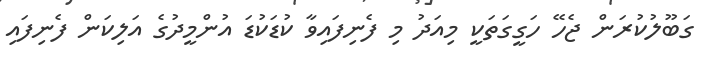
ގަބޫލުކުރަން ޖެހޭ ހަގީގަތަކީ މިއަދު މި ފެނިފައިވާ ކުޑަކުޑަ އުންމީދުގެ އަލިކަަން ފެނިފައި